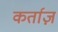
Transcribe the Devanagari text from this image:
कर्ताज़